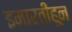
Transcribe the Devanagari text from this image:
इमारतीहून